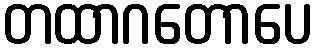
တထာဂတောပေ